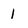
Character: 1